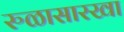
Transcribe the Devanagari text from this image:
रुळासारखा